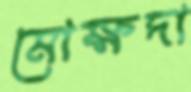
মোক্ষদা